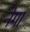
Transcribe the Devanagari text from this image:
नेगा